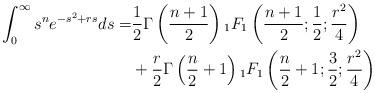
LaTeX: \begin{align*} \int_{0}^{\infty}s^n e^{-s^2+rs}ds =& \frac{1}{2}\Gamma\left(\frac{n+1}{2}\right){}_1F_1\left(\frac{n+1}{2};\frac{1}{2};\frac{r^2}{4}\right) \\ & +\frac{r}{2}\Gamma\left(\frac{n}{2}+1\right){}_1F_1\left(\frac{n}{2}+1;\frac{3}{2};\frac{r^2}{4}\right) \end{align*}